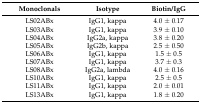
<table><thead><tr><td><b>Monoclonals</b></td><td><b>Isotype</b></td><td><b>Biotin/IgG</b></td></tr></thead><tbody><tr><td>LS02ABx</td><td>IgG1, kappa</td><td>4.0 ± 0.17</td></tr><tr><td>LS03ABx</td><td>IgG1, kappa</td><td>3.9 ± 0.10</td></tr><tr><td>LS04ABx</td><td>IgG2a, kappa</td><td>3.8 ± 0.20</td></tr><tr><td>LS05ABx</td><td>IgG2b, kappa</td><td>2.5 ± 0.50</td></tr><tr><td>LS06ABx</td><td>IgG1, kappa</td><td>1.5 ± 0.5</td></tr><tr><td>LS07ABx</td><td>IgG1, kappa</td><td>3.7 ± 0.3</td></tr><tr><td>LS08ABx</td><td>IgG2a, lambda</td><td>4.0 ± 0.16</td></tr><tr><td>LS10ABx</td><td>IgG1, kappa</td><td>2.5 ± 0.5</td></tr><tr><td>LS11ABx</td><td>IgG1, kappa</td><td>2.0 ± 0.01</td></tr><tr><td>LS13ABx</td><td>IgG1, kappa</td><td>1.8 ± 0.20</td></tr></tbody></table>